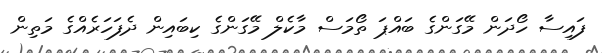
ފައިސާ ހޯދަން މޭގަންގެ ބައްޕަ ތޯމަސް މާކެލް މޭގަންގެ ކިބައިން ދެފަހަރެއްގެ މަތިން